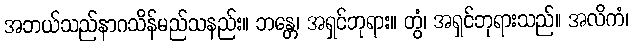
အဘယ်သည်နာဂသိန်မည်သနည်း။ ဘန္တေ၊ အရှင်ဘုရား။ တွံ၊ အရှင်ဘုရားသည်။ အလိကံ၊